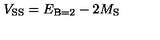
V _ { \mathrm { S S } } = E _ { \mathrm { B } = 2 } - 2 M _ { \mathrm { S } }